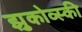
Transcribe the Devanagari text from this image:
झुकोव्स्की